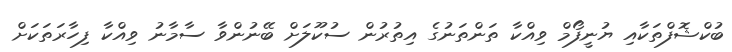
ބުކްޝޮފްތަކާއި ޔުނީފޯމް ވިއްކާ ތަންތަނުގެ އިތުރުން ސުކޫލަށް ބޭނުންވާ ސާމާނު ވިއްކާ ފިހާރަތަކަށް